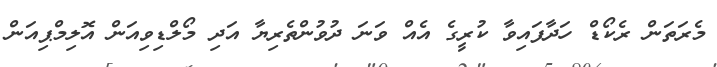
މެރަތަން ރެކޯޑް ހަދާފައިވާ ކުރީގެ އެއް ވަނަ ދުވުންތެރިޔާ އަދި މޯލްޑިވިއަން އޮލިމްޕިއަން